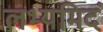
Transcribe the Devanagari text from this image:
लभ्यमिदं